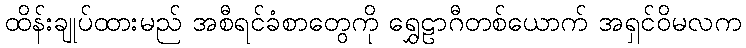
ထိန်းချုပ်ထားမည် အစီရင်ခံစာတွေကို ရွှေဠာဂီတစ်ယောက် အရှင်ဝိမလက